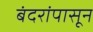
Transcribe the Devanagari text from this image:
बंदरांपासून